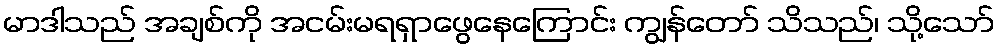
မာဒါသည် အချစ်ကို အငမ်းမရရှာဖွေနေကြောင်း ကျွန်တော် သိသည်၊ သို့သော်